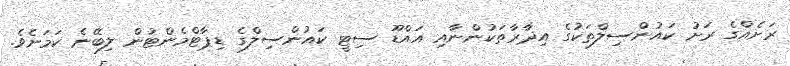
ރަށެއްގެ ރަށު ކައުންސިލްތަކުގެ އިދާރާތަކުންނާއި އައްޑޫ ސިޓީ ކައުންސިލްގެ ޑިޕާޓްމެންޓުން ލިބޭނެ ކަމަށެވެ.